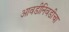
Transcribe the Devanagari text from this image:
आवडीनिवडीचा